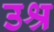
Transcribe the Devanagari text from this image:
उश्र